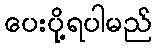
ပေးပို့ရပါမည်